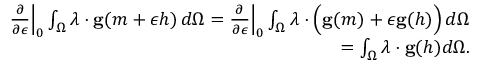
\begin{array} { r l r } & { } & { \frac { \partial } { \partial \epsilon } \Big \rvert _ { 0 } \int _ { \Omega } \boldsymbol { \lambda } \cdot \mathbf { g } ( m + \epsilon h ) \, d \Omega = \frac { \partial } { \partial \epsilon } \Big \rvert _ { 0 } \int _ { \Omega } \boldsymbol { \lambda } \cdot \Big ( \mathbf { g } ( m ) + \epsilon \mathbf { g } ( h ) \Big ) \, d \Omega } \\ & { } & { = \int _ { \Omega } \boldsymbol { \lambda } \cdot \mathbf { g } ( h ) d \Omega . } \end{array}